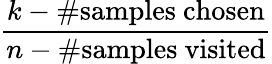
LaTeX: \frac{k-\# {\mathrm{samples~chosen}}}{n-\# {\mathrm{samples~visited}}}